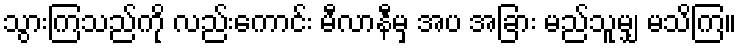
သွားကြသည်ကို လည်းကောင်း မီလာနီမှ အပ အခြား မည်သူမျှ မသိကြ။